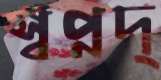
স্বপ্নদ্